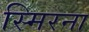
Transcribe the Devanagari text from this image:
स्मिरना